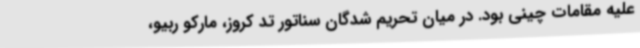
علیه مقامات چینی بود. در میان تحریم شدگان سناتور تد کروز، مارکو ربیو،